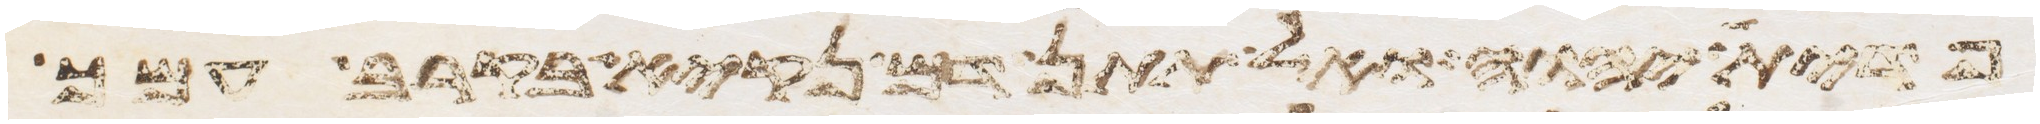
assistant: פדית יהוה ואל תתן דם נקיא בקרב עמך